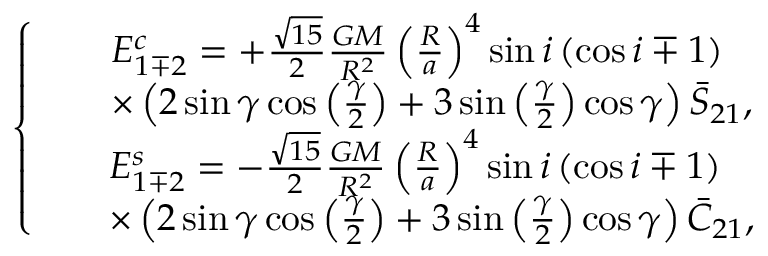
\left\{ \begin{array} { c } { \begin{array} { r l } & { E _ { 1 \mp 2 } ^ { c } = + \frac { \sqrt { 1 5 } } { 2 } \frac { G M } { R ^ { 2 } } \left( \frac { R } { a } \right) ^ { 4 } \sin i \left( \cos i \mp 1 \right) } \\ & { \times \left( 2 \sin \gamma \cos \left( \frac { \gamma } { 2 } \right) + 3 \sin \left( \frac { \gamma } { 2 } \right) \cos \gamma \right) \bar { S } _ { 2 1 } , } \end{array} } \\ { \begin{array} { r l } & { E _ { 1 \mp 2 } ^ { s } = - \frac { \sqrt { 1 5 } } { 2 } \frac { G M } { R ^ { 2 } } \left( \frac { R } { a } \right) ^ { 4 } \sin i \left( \cos i \mp 1 \right) } \\ & { \times \left( 2 \sin \gamma \cos \left( \frac { \gamma } { 2 } \right) + 3 \sin \left( \frac { \gamma } { 2 } \right) \cos \gamma \right) \bar { C } _ { 2 1 } , } \end{array} } \end{array} \right.